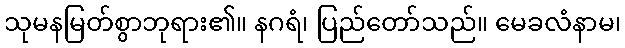
သုမနမြတ်စွာဘုရား၏။ နဂရံ၊ ပြည်တော်သည်။ မေခလံနာမ၊